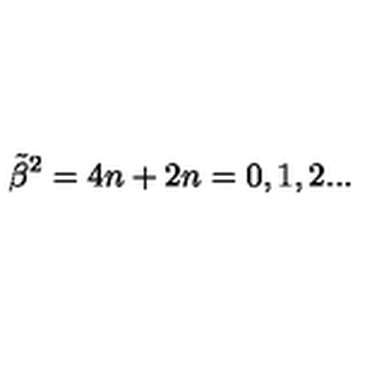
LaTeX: { \tilde { \beta } } ^ { 2 } = 4 n + 2 n = 0 , 1 , 2 . . .